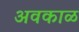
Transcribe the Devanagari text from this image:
अवकाळ